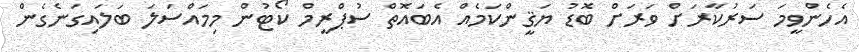
އެހެންވީމަ ސަރުކާރަށް ވަރަށް ބޮޑު ޔަޤީންކަމެއް އެބައޮތް ސުޕްރީމް ކޯޓުން މިމައްސަލަ ބަލައިގަނެގެން